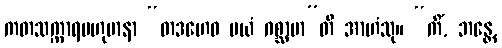
ကတသက္ကာရဗဟုမာနာ “တဒဟေဝ မယံ ဂစ္ဆာမာ”တိ အာဟံသု။ “ကိံ, ဘန္တေ,